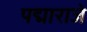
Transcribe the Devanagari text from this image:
पद्माराजे